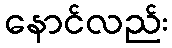
နောင်လည်း